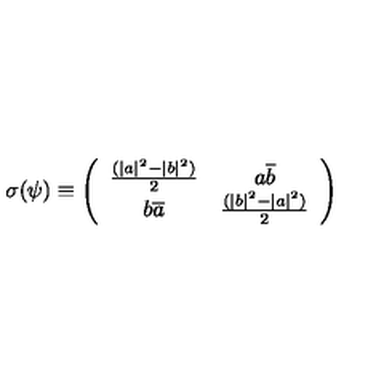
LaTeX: \sigma ( \psi ) \equiv \left( \begin{array} { c c } { \frac { ( | a | ^ { 2 } - | b | ^ { 2 } ) } { 2 } } & { a \overline { { b } } } \\ { b \overline { { a } } } & { \frac { ( | b | ^ { 2 } - | a | ^ { 2 } ) } { 2 } } \\ \end{array} \right)